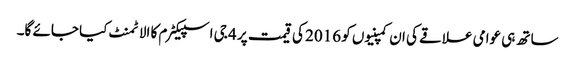
ساتھ ہی عوامی علاقے کی ان کمپنیوں کو 2016 کی قیمت پر 4 جی اسپیکٹرم کا الاٹمنٹ کیا جائے گا۔